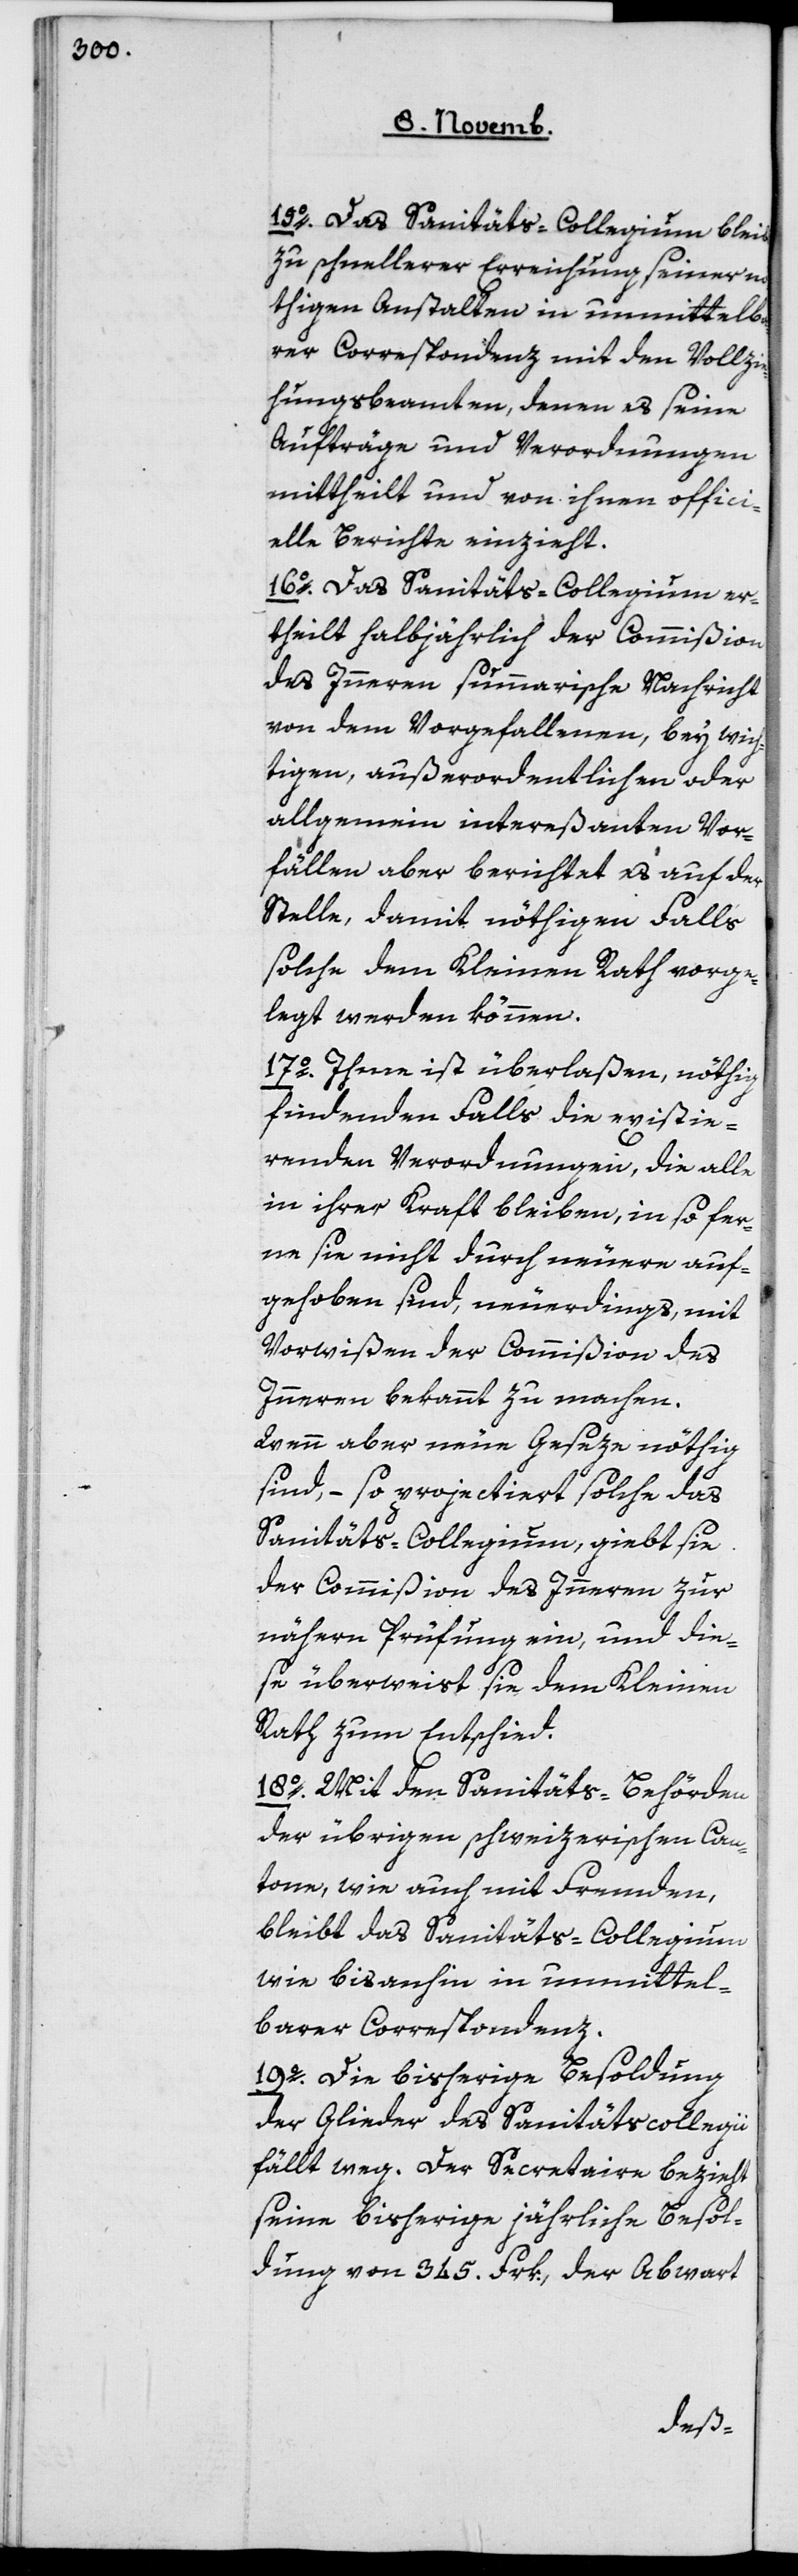
15o] Das Sanitäts-Collegium bleibt
zu schnellerer Erreichung seiner n¬
öthigen Anstalten in unmittelba¬
rer Correspondenz mit den Vollzie¬
hungsbeamten, denen es seine
Aufträge und Verordnungen
mittheilt, und von ihnen offici¬
elle Berichte einzieht.
16o Das Sanitäts-Collegium er¬
theilt halbjährlich der Commißion
des Inneren summarische Nachricht
von dem Vorgefallenen, bey wich¬
tigen außerordentlichen oder
allgemein intereßanten Vor¬
fällen aber berichtet es auf der
Stelle, damit nöthigen Falls
solche dem Kleinen Rath vorge¬
legt werden können.
17o Ihme ist überlaßen, nöthig
findenden Falls die existie¬
renden Verordnungen, die alle
in ihrer Kraft bleiben, insofer¬
ne sie nicht durch neuere auf¬
gehoben sind, neuerdings mit
Vorwißen der Commißion des
Inneren bekannt zu machen.
Wenn aber neue Geseze nöthig
sind, – so projectiert solche das
Sanitäts-Collegium, giebt sie
der Commißion des Inneren zur
nähern Prüfung ein, und die¬
se überweist sie dem Kleinen
Rath zum Entschied.
18o Mit den Sanitäts-Behörden
der übrigen schweizerischen Can¬
tone, wie auch mit Fremden,
bleibt das Sanitäts-Collegium
wie bis anhin in unmittel¬
barer Correspondenz.
19o Die bisherige Besoldung
der Glieder des Sanitätscollegii
fällt weg. Der Secretaire bezieht
seine bisherige jährliche Besol¬
dung von 345 Frk., der Abwart